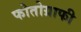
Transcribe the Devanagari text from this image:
फोतोग्राफी